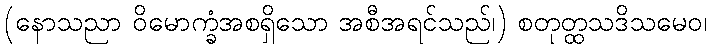
(နောသညာ ဝိမောက္ခံအစရှိသော အစီအရင်သည်၊) စတုတ္ထသဒိသမေဝ၊